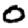
Digit: 0